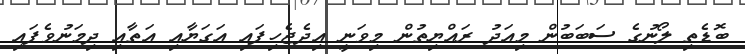
ބޮޑެތި ލޯނުގެ ސަބަބުން މިއަދު ރައްޔިތުން މިވަނީ އިދެޖެހިފައި އަގަޔާއި އަތާއި ދިމަނުވެފައި